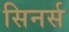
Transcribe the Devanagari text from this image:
सिनर्स